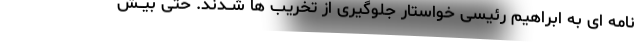
نامه ای به ابراهیم رئیسی خواستار جلوگیری از تخریب ها شــدند. حتی بیــش